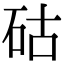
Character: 𥑮